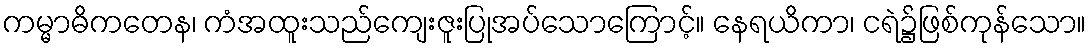
ကမ္မာဓိကတေန၊ ကံအထူးသည်ကျေးဇူးပြုအပ်သောကြောင့်။ နေရယိကာ၊ ငရဲ၌ဖြစ်ကုန်သော။